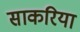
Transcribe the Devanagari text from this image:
साकरिया